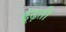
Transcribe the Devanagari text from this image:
ढूंढ़ती